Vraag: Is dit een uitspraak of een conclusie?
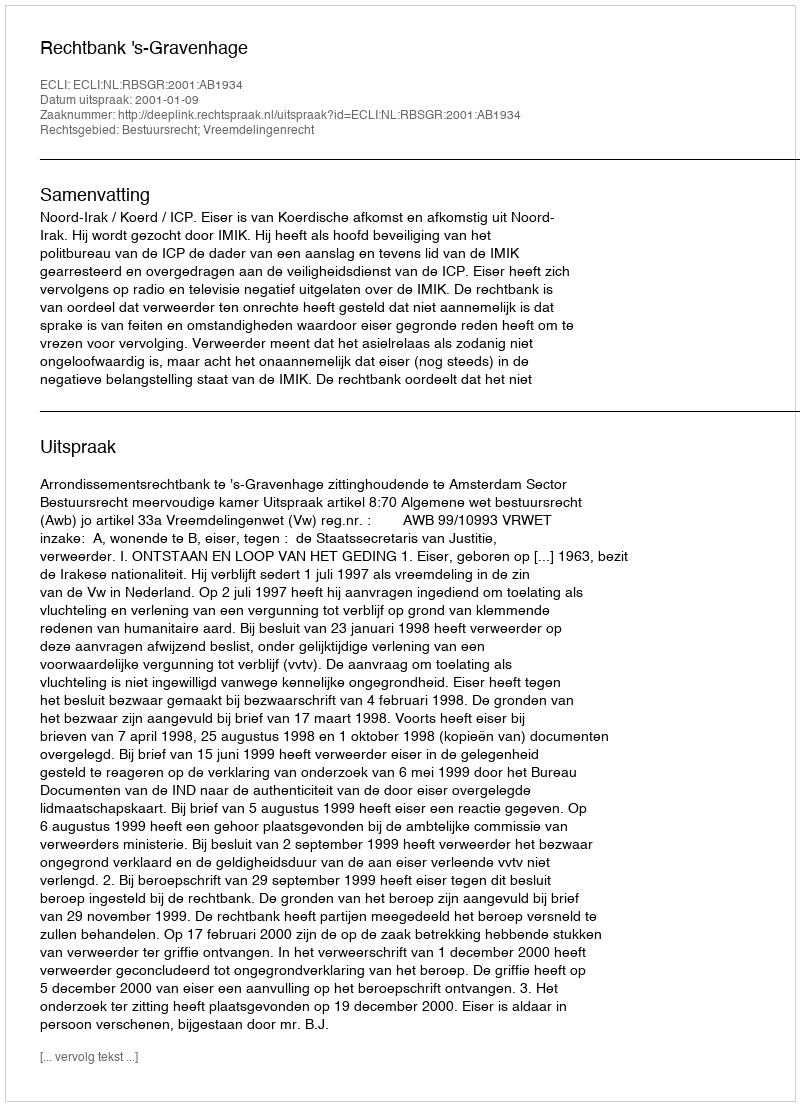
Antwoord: Uitspraak